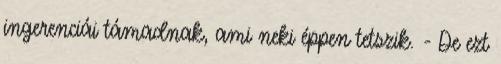
ingerenciái támadnak, ami neki éppen tetszik. - De ezt